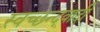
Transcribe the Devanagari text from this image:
स्वच्छन्दवादी